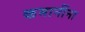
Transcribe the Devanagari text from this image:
कमानींना